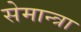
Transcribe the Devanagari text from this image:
सेमान्त्रा